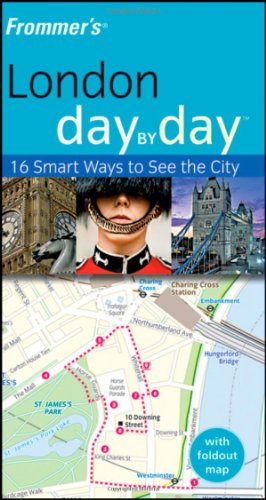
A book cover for Frommer's London Day by Day (Frommer's Day by Day - Pocket); Lesley Logan; Travel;